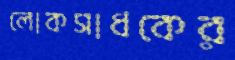
লোকসাধকের